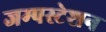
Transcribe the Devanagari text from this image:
जम्पस्टेशन